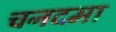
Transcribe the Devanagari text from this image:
चनदमा